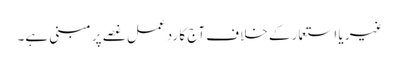
غیر یا استعمار کے خلاف آج کا رد عمل غصے پر مبنی ہے۔